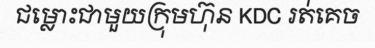
ជម្លោះជាមួយក្រុមហ៊ុន KDC រត់គេច